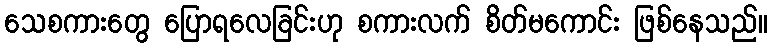
သေစကားတွေ ပြောရလေခြင်းဟု စကားလက် စိတ်မကောင်း ဖြစ်နေသည်။